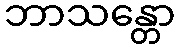
ဘာသန္တော